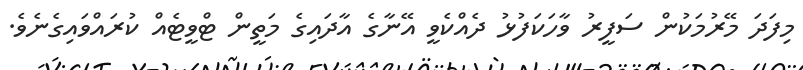
މިފަދަ މޭރުމަކުން ސަފީރު ވާހަކަފުޅު ދެއްކެވީ އޭނާގެ އާދައިގެ މަތީން ޓްވީޓެއް ކުރައްވައިގެނެވެ.